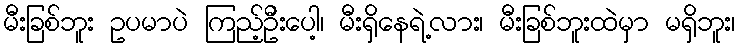
မီးခြစ်ဘူး ဥပမာပဲ ကြည့်ဦးပေါ့၊ မီးရှိနေရဲ့လား၊ မီးခြစ်ဘူးထဲမှာ မရှိဘူး၊